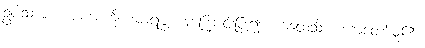
ဥပါသကံ၊ ဒါယကာကို။ အာရဗ္ဘ၊ အကြောင်းပြု၍။ ကထေသိ၊ ဟောတော်မူ၏။